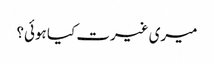
میری غیرت کیا ہوئی؟